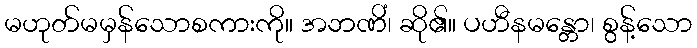
မဟုတ်မမှန်သောစကားကို။ အဘဏိံ၊ ဆို၏။ ပဟီနမန္တော၊ စွန့်သော